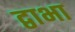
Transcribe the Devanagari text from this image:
द्वाभा